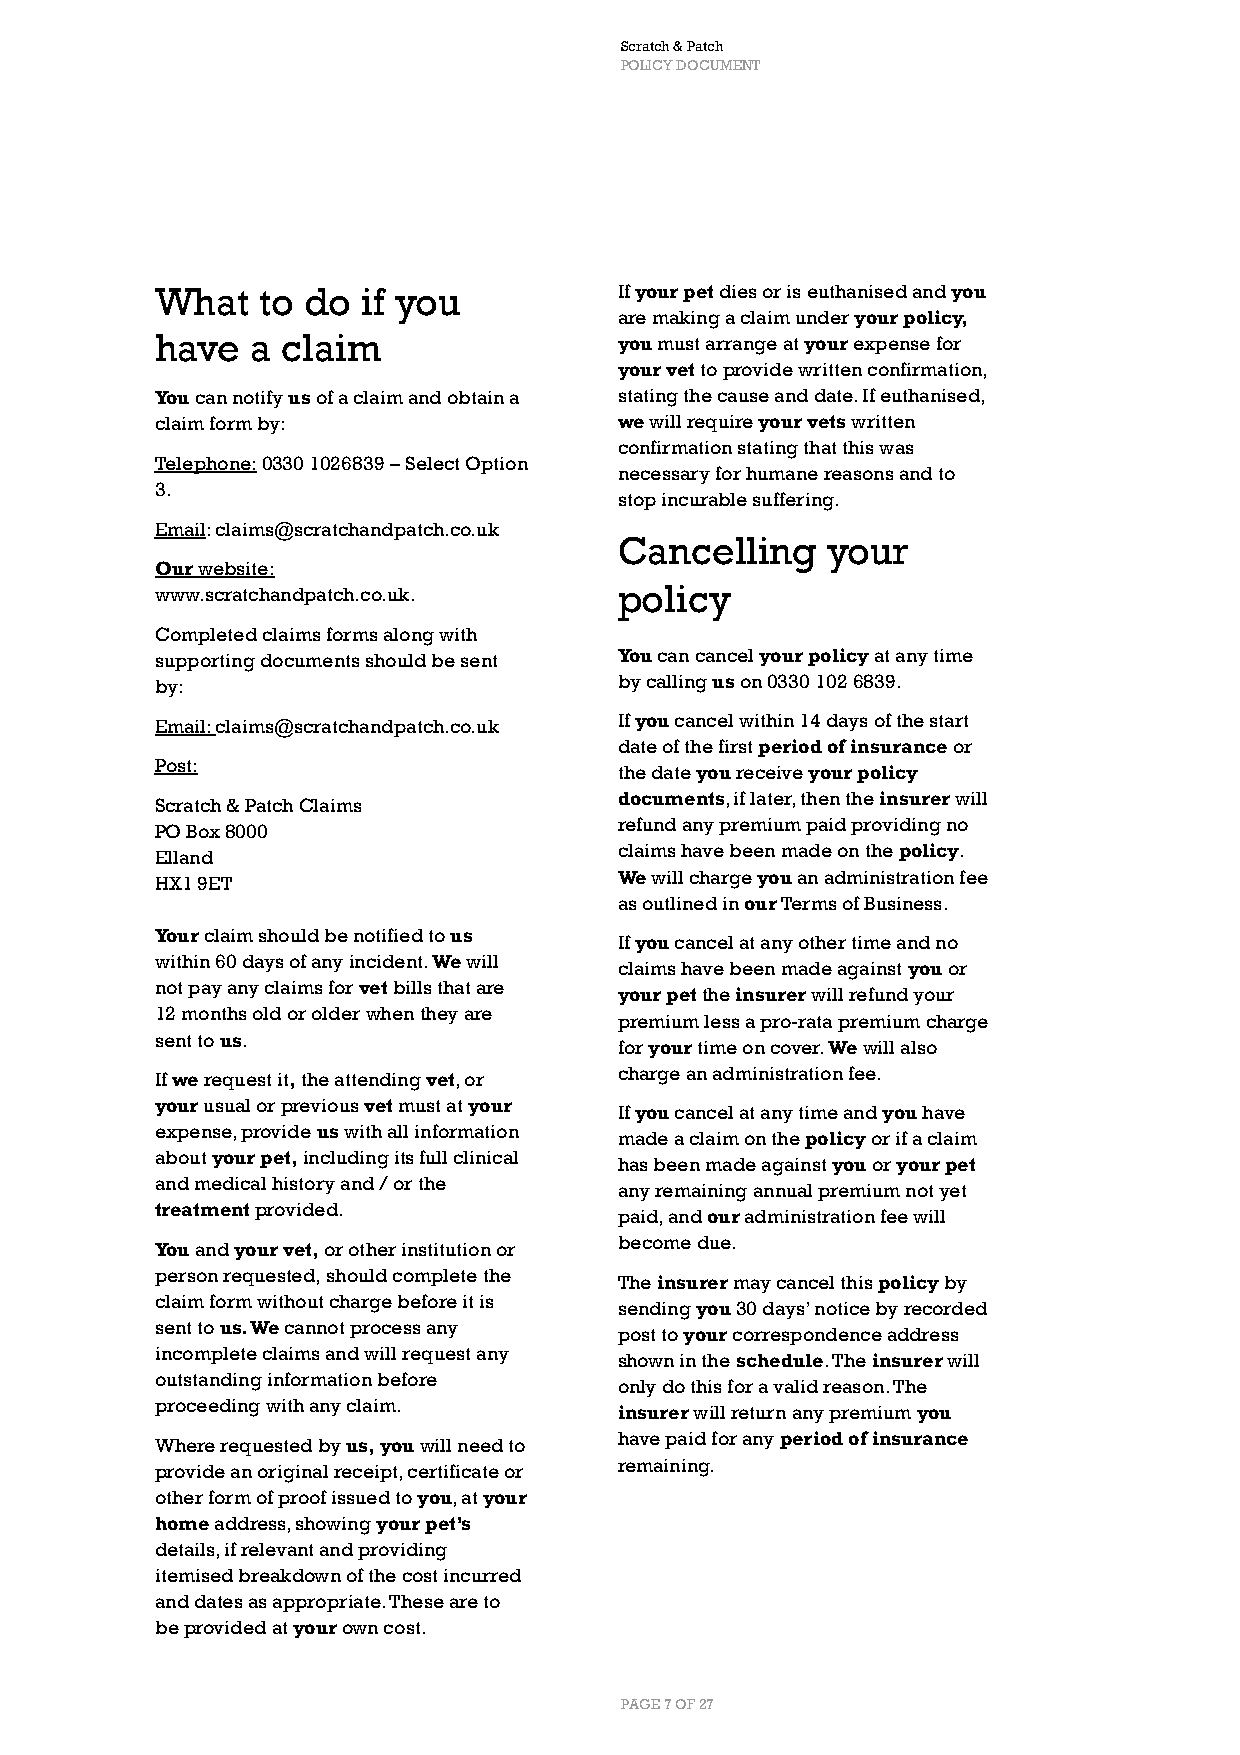
Scratch & Patch
 POLICY DOCUMENT
 What   to do  if you           If your pet dies or is euthanised and you
 are making a claim under your policy,
 have   a claim                 you must arrange at your expense for
 your vet to provide written confirmation,
 You can notify us of a claim and obtain a stating the cause and date. If euthanised,
 claim form by:                 we will require your vets written
 confirmation stating that this was
 Telephone: 0330 1026839 – Select Option
 necessary for humane reasons and to
 3.
 stop incurable suffering.
 Email: claims@scratchandpatch.co.uk
 Cancelling    your
 Our website:
 www.scratchandpatch.co.uk.     policy
 Completed claims forms along with
 supporting documents should be sent You can cancel your policy at any time
 by:                            by calling us on 0330 102 6839.
 Email: claims@scratchandpatch.co.uk If you cancel within 14 days of the start
 date of the first period of insurance or
 Post:
 the date you receive your policy
 documents, if later, then the insurer will
 Scratch & Patch Claims
 refund any premium paid providing no
 PO Box 8000
 claims have been made on the policy.
 Elland
 We will charge you an administration fee
 HX1 9ET
 as outlined in our Terms of Business.
 Your claim should be notified to us
 If you cancel at any other time and no
 within 60 days of any incident. We will
 claims have been made against you or
 not pay any claims for vet bills that are
 your pet the insurer will refund your
 12 months old or older when they are
 premium less a pro-rata premium charge
 sent to us.
 for your time on cover. We will also
 charge an administration fee.
 If we request it, the attending vet, or
 your usual or previous vet must at your
 If you cancel at any time and you have
 expense, provide us with all information
 made a claim on the policy or if a claim
 about your pet, including its full clinical
 has been made against you or your pet
 and medical history and / or the
 any remaining annual premium not yet
 treatment provided.
 paid, and our administration fee will
 become due.
 You and your vet, or other institution or
 person requested, should complete the
 The insurer may cancel this policy by
 claim form without charge before it is
 sending you 30 days’ notice by recorded
 sent to us. We cannot process any
 post to your correspondence address
 incomplete claims and will request any
 shown in the schedule. The insurer will
 outstanding information before
 only do this for a valid reason. The
 proceeding with any claim.
 insurer will return any premium you
 have paid for any period of insurance
 Where requested by us, you will need to
 remaining.
 provide an original receipt, certificate or
 other form of proof issued to you, at your
 home address, showing your pet’s
 details, if relevant and providing
 itemised breakdown of the cost incurred
 and dates as appropriate. These are to
 be provided at your own cost.
 PAGE 7 OF 27